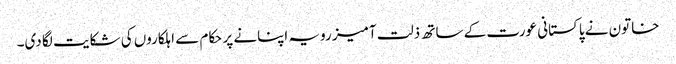
خاتون نے پاکستانی عورت کے ساتھ ذلت آمیز رویہ اپنانے پر حکام سے اہلکاروں کی شکایت لگا دی۔